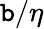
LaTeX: \mathtt{b}/\eta